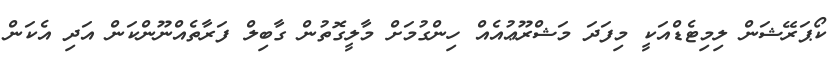
ކޯޕަރޭޝަން ލިމިޓެޑްއަކީ މިފަދަ މަޝްރޫޢުއެއް ހިންގުމަށް މާލީގޮތުން ގާބިލް ފަރާތެއްނޫންކަން އަދި އެކަން